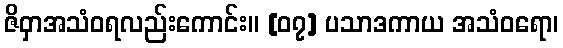
ဇိဝှာအသံဝရလည်းကောင်း။ [၀၇] ပသာဒကာယ အသံဝရော၊